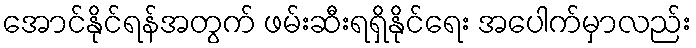
အောင်နိုင်ရန်အတွက် ဖမ်းဆီးရရှိနိုင်ရေး အပေါက်မှာလည်း